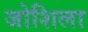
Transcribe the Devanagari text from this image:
जोशिला